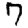
Digit: 7